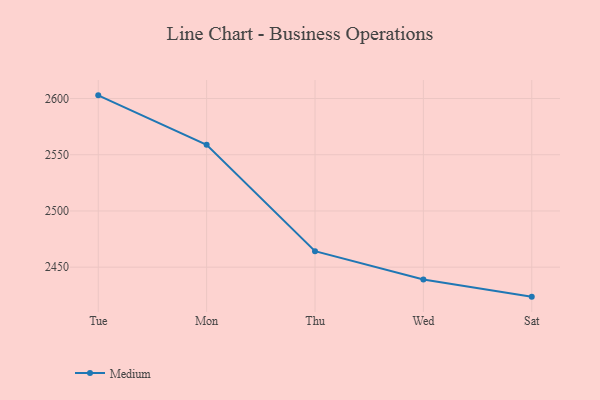
{"axis": {"x": "Day", "y": "Website Visitors"}, "legend": ["Medium"], "data": [{"x": "Tue", "y": 2602.8, "type": "Medium"}, {"x": "Mon", "y": 2558.9, "type": "Medium"}, {"x": "Thu", "y": 2464.2, "type": "Medium"}, {"x": "Wed", "y": 2439.1, "type": "Medium"}, {"x": "Sat", "y": 2423.8, "type": "Medium"}]}